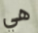
هي